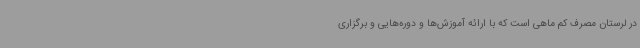
در لرستان مصرف کم ماهی است که با ارائه آموزش‌ها و دوره‌هایی و برگزاری